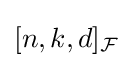
[n,k,d]_{\mathcal {F}}